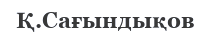
Қ.Сағындықов